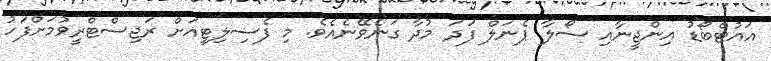
އައުޓްބޯޑު އިންޖީނާއި ސޯލާ ޕެނަލް ފަދަ މުދާ ގަނެވޭނެއެވެ. މި ފެސިލިޓީއަށް ރަޖިސްޓްރީވުމަށްފަހު